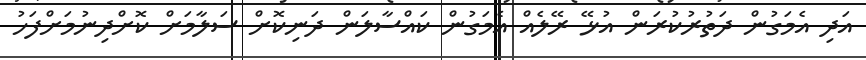
އަދި އެމަގުން ދަތުރުކުރަން އުޅޭ ރޭލެއް އެމަގުން ކައްސާލަން ދަނިކޮށް ސަލާމަށް ކޮށްދިނުމަށްފަހު